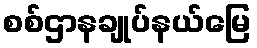
စစ်ဌာနချုပ်နယ်မြေ